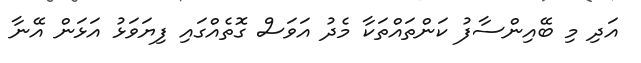
އަދި މި ބޭއިންސާފު ކަންތައްތަކާ މެދު އަވަސް ގޮތެއްގައި ފިޔަވަޅު އަޅަން އޭނާ